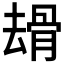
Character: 𠬒